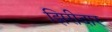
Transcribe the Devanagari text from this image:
झिरीदार